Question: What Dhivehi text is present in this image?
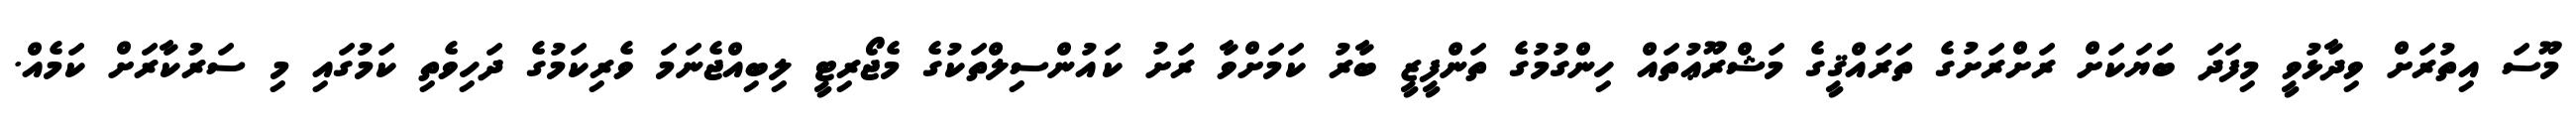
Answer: މޫސަ އިތުރަށް ވިދާޅުވީ މިފަދަ ބަޔަކަށް ރަށްރަށުގެ ތަރައްޤީގެ މަޝްރޫޢުތައް ހިންގުމުގެ ތަންފީޒީ ބާރު ކަމަށްވާ ރަށު ކައުންސިލްތަކުގެ މެޖޯރިޓީ ލިބިއްޖެނަމަ ވެރިކަމުގެ ދަހިވެތި ކަމުގައި މި ސަރުކާރަށް ކަމެއް.